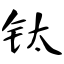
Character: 钛